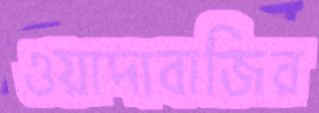
ওয়াদাবাজির